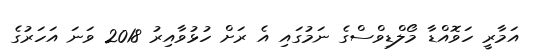
އަމާރީ ހަވޮއްޑާ މޯލްޑިވްސްގެ ނަމުގައި އެ ރަށް ހުޅުވާއިރު 2018 ވަނަ އަހަރުގެ